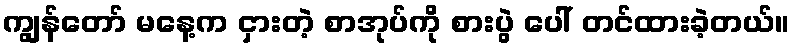
ကျွန်တော် မနေ့က ငှားတဲ့ စာအုပ်ကို စားပွဲ ပေါ် တင်ထားခဲ့တယ်။